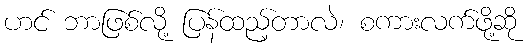
ဟင် ဘာဖြစ်လို့ ပြန်ထည့်တာလဲ၊ စကားလက်ဖို့ဆို